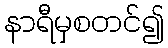
နာရီမှစတင်၍